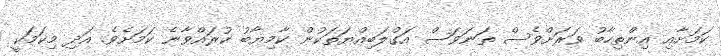
ކަމަށާއި އިންތިހާބު ވަަރަށްވެސް ތަނަވަސް އަގްލަބިއްޔަތަކުން ކާމިޔާބު ކުރައްވާނެ ކަމަށެވެ. އަދި މިކަމަކީ